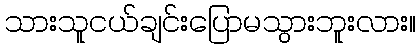
သားသူငယ်ချင်းပြောမသွားဘူးလား။